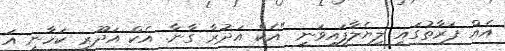
އެއް ފަރާތުގައި ލިޔެލާފައިވަނީ "އެކް އަދުރާ ގާނާ. އެކް އަދޫރީ ކަހާނީ އަ